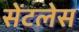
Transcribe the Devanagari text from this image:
सेंटलेस